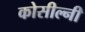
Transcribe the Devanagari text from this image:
कोसील्नी